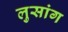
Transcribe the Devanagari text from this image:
लुसांग